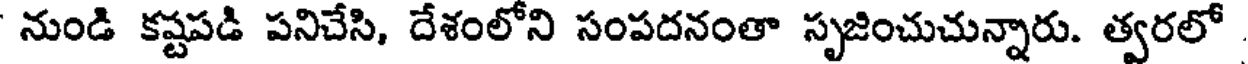
నుండి కష్టపడి పనిచేసి, దేశంలోని సంపదనంతా సృజించుచున్నారు. త్వరలో